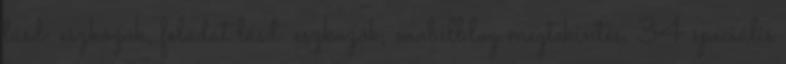
lásd: eszközök, feladat lásd: eszközök, mobilblog megtekintés, 34 speciális